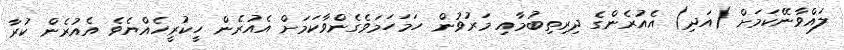
ލައްވާނޭކަމަށް (އަދި) އެއުރެންގެ ދިރިތިބުމާއި މަރުވުން ހަމަހަމަވެގެންވާކަމަށް އެއުރެން ހީކުރީހެއްޔެވެ އެއުރެން ކުރާ